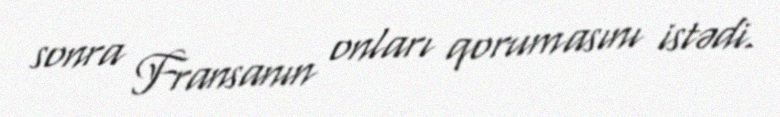
sonra Fransanın onları qorumasını istədi.